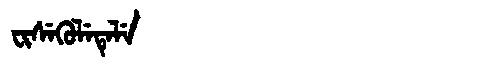
Manchu: ᠸᡳᠰᡝᡴᡠᠯᡝᡨᡝᠯᡝ
Romanization: FISEKULETELE